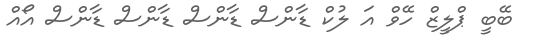
ބޭބީ ޕްލީޒް ހޭވް އަ ލުކް ޑާންސް ޑާންސް ޑާންސް ޑާންސް އޯއް